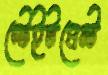
স্টেইটমেন্ট